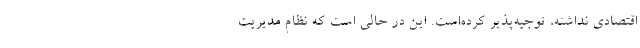
اقتصادی نداشته، توجیه‌پذیر کرده‌است. این در حالی است که نظام مدیریت